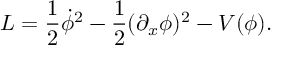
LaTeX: { \cal L } = \frac { 1 } { 2 } \dot { \phi } ^ { 2 } - \frac { 1 } { 2 } ( \partial _ { x } \phi ) ^ { 2 } - V ( \phi ) .